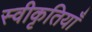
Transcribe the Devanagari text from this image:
स्वीकृतियाँ